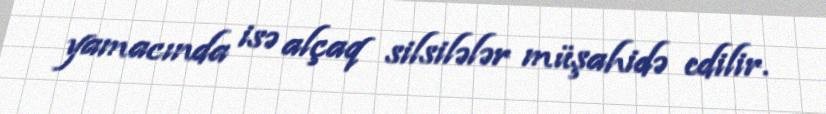
yamacında isə alçaq silsilələr müşahidə edilir.